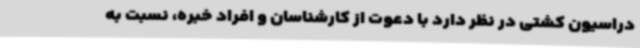
دراسیون کشتی در نظر دارد با دعوت از کارشناسان و افراد خبره، نسبت به